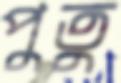
পুতু